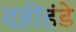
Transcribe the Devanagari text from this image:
दहीहंडे